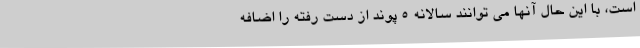
است، با این حال آنها می توانند سالانه 5 پوند از دست رفته را اضافه